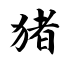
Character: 猪